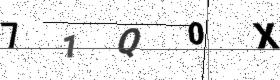
Text: 71Q0X